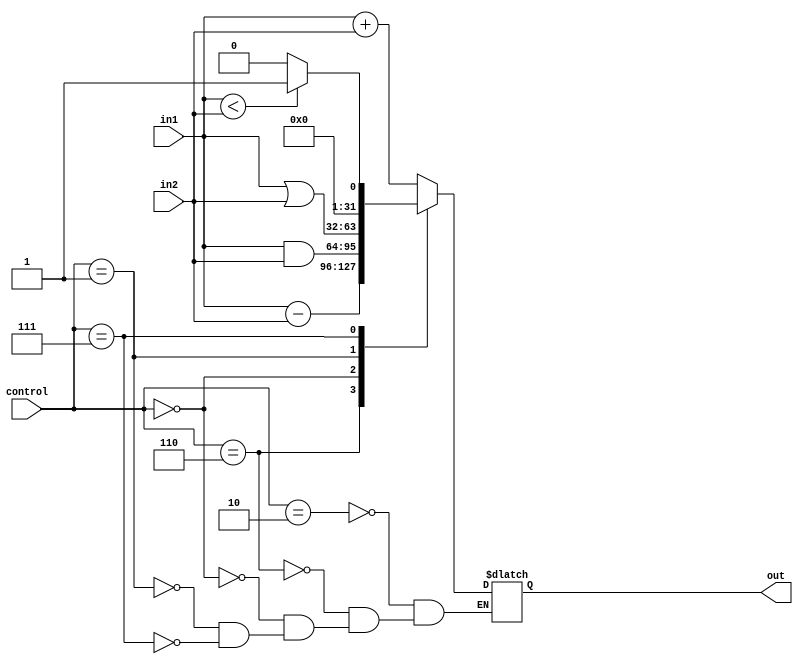
module ALU (
    out, in1, in2, control
);
    input [31: 0] in1, in2;
    output [31: 0] out;
    input [2: 0] control;

    parameter ADD  = 3'b010, SUBTRACT = 3'b110, AND = 3'b000;
    parameter OR = 3'b001, SLT = 3'b111; 
    always @ (*)
        case(control)
        ADD: out <= in1 + in2;
        SUBTRACT: out <= in1 - in2;
        AND: out <= in1 & in2;
        OR: out <= in1 | in2;
        SLT: begin
            if (in1 < in2) out <= 1;
            else out <= 0;
        end
        endcase
endmodule